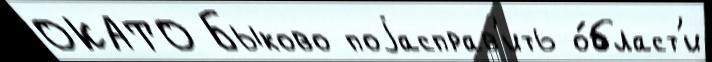
ОКАТО Быково поjасправ'ить о́бласт'и